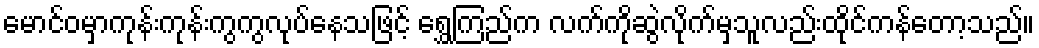
မောင်ဝမှာကုန်းကုန်းကွကွလုပ်နေသဖြင့် ရွှေကြည်က လက်ကိုဆွဲလိုက်မှသူလည်းထိုင်ကန်တော့သည်။